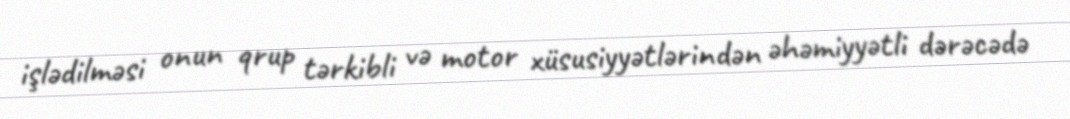
işlədilməsi onun qrup tərkibli və motor xüsusiyyətlərindən əhəmiyyətli dərəcədə